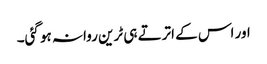
اور اس کے اترتے ہی ٹرین روانہ ہو گئی۔